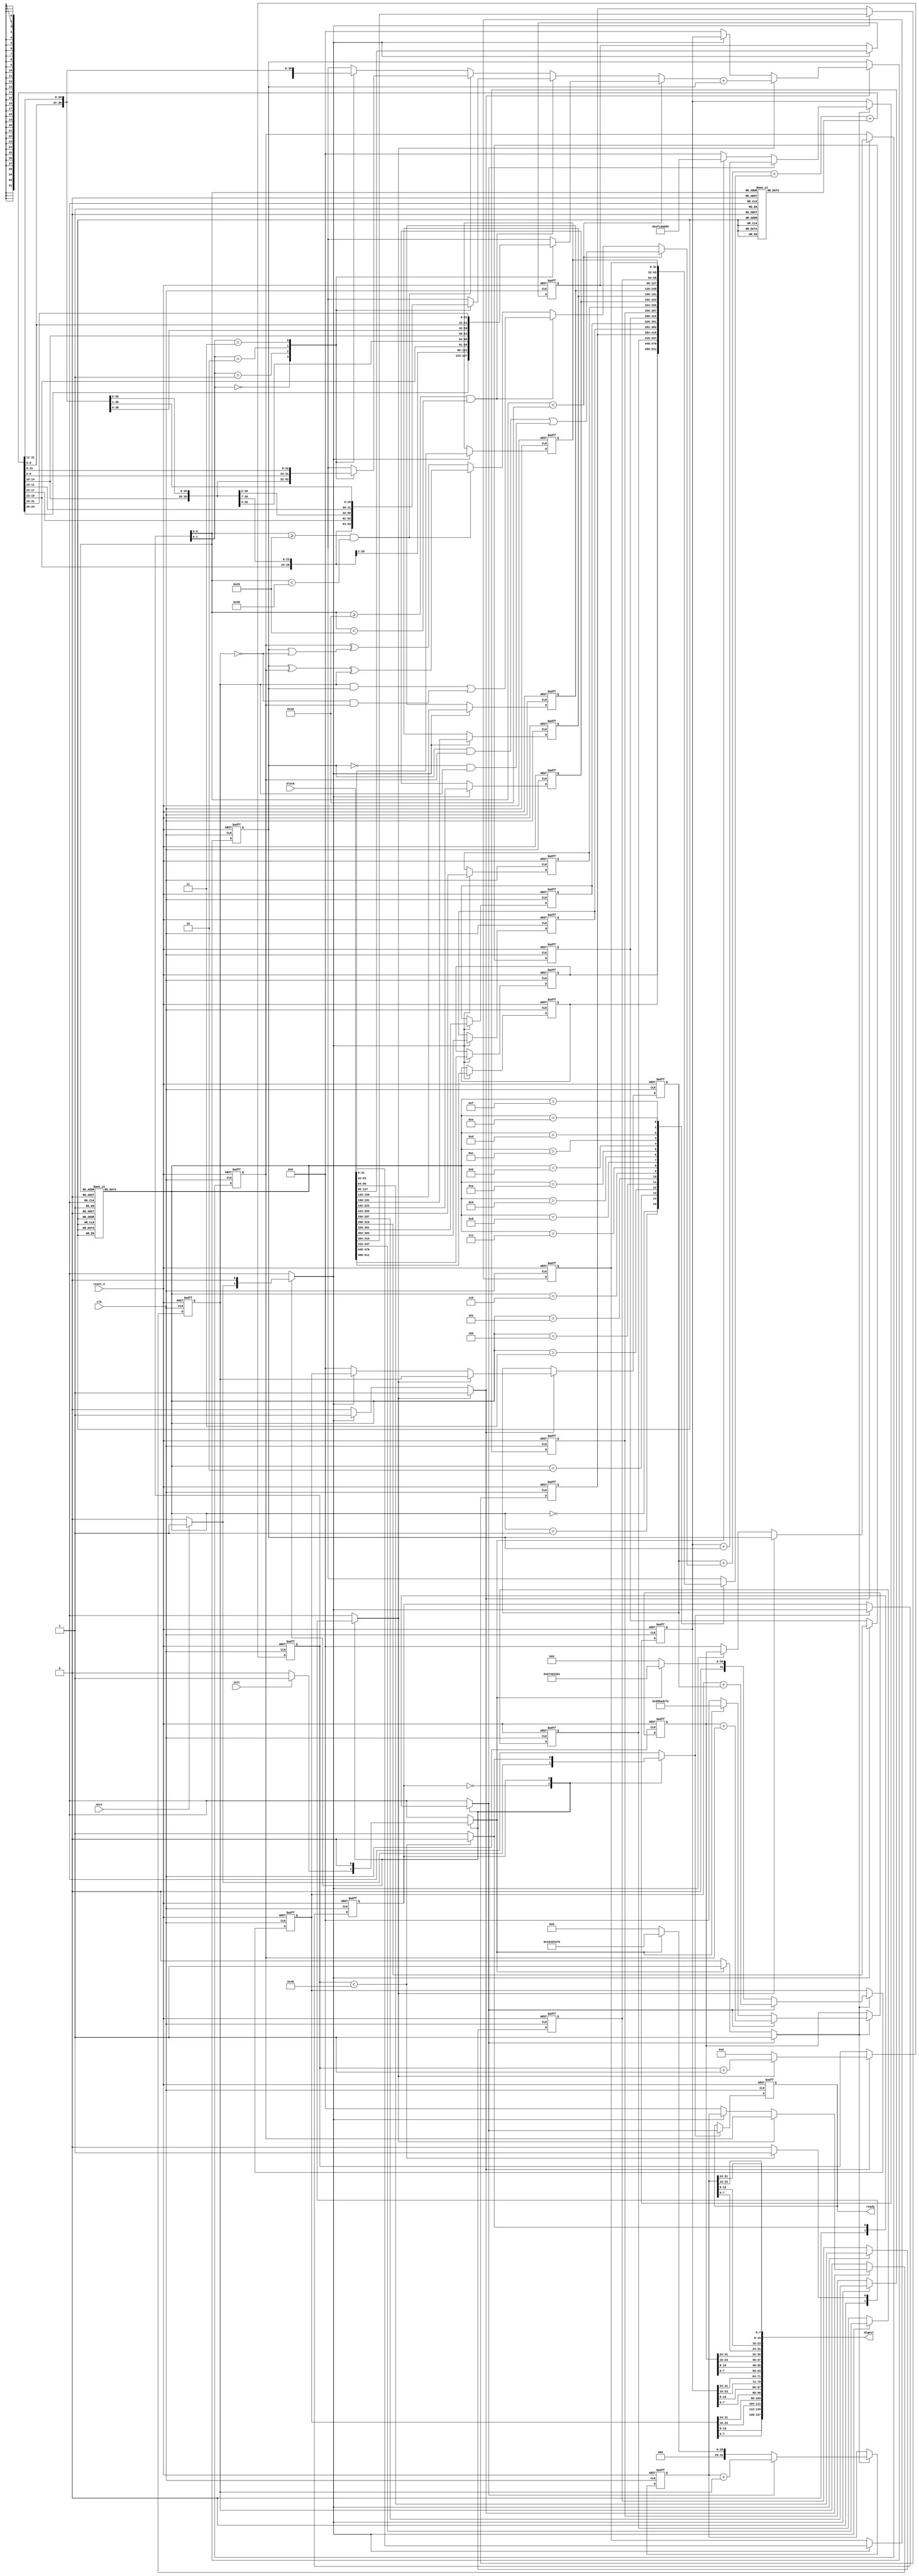
//======================================================================
//
// md5_core.v
// ----------
// The MD5 hash funxtion core.
//
//
// Copyright (c) 2019, Assured AB
// All rights reserved.
//
// Redistribution and use in source and binary forms, with or
// without modification, are permitted provided that the following
// conditions are met:
//
// 1. Redistributions of source code must retain the above copyright
//    notice, this list of conditions and the following disclaimer.
//
// 2. Redistributions in binary form must reproduce the above copyright
//    notice, this list of conditions and the following disclaimer in
//    the documentation and/or other materials provided with the
//    distribution.
//
// THIS SOFTWARE IS PROVIDED BY THE COPYRIGHT HOLDERS AND CONTRIBUTORS
// "AS IS" AND ANY EXPRESS OR IMPLIED WARRANTIES, INCLUDING, BUT NOT
// LIMITED TO, THE IMPLIED WARRANTIES OF MERCHANTABILITY AND FITNESS
// FOR A PARTICULAR PURPOSE ARE DISCLAIMED. IN NO EVENT SHALL THE
// COPYRIGHT OWNER OR CONTRIBUTORS BE LIABLE FOR ANY DIRECT, INDIRECT,
// INCIDENTAL, SPECIAL, EXEMPLARY, OR CONSEQUENTIAL DAMAGES (INCLUDING,
// BUT NOT LIMITED TO, PROCUREMENT OF SUBSTITUTE GOODS OR SERVICES;
// LOSS OF USE, DATA, OR PROFITS; OR BUSINESS INTERRUPTION) HOWEVER
// CAUSED AND ON ANY THEORY OF LIABILITY, WHETHER IN CONTRACT,
// STRICT LIABILITY, OR TORT (INCLUDING NEGLIGENCE OR OTHERWISE)
// ARISING IN ANY WAY OUT OF THE USE OF THIS SOFTWARE, EVEN IF
// ADVISED OF THE POSSIBILITY OF SUCH DAMAGE.
//
//======================================================================

`default_nettype none

module md5_core(
                input wire            clk,
                input wire            reset_n,

                input wire            init,
                input wire            next,
                output wire           ready,

                input wire [511 : 0]  block,
                output wire [127 : 0] digest
               );


  //----------------------------------------------------------------
  // Internal constant and parameter definitions.
  //----------------------------------------------------------------
  localparam A0 = 32'h67452301;
  localparam B0 = 32'hefcdab89;
  localparam C0 = 32'h98badcfe;
  localparam D0 = 32'h10325476;

  localparam CTRL_IDLE   = 1'h0;
  localparam CTRL_NEXT   = 1'h1;

  localparam NUM_ROUNDS = 64;


  //----------------------------------------------------------------
  // Registers including update variables and write enable.
  //----------------------------------------------------------------
  reg [31 : 0]  h0_reg;
  reg [31 : 0]  h0_new;
  reg [31 : 0]  h1_reg;
  reg [31 : 0]  h1_new;
  reg [31 : 0]  h2_reg;
  reg [31 : 0]  h2_new;
  reg [31 : 0]  h3_reg;
  reg [31 : 0]  h3_new;
  reg           h_we;

  reg [31 : 0]  a_reg;
  reg [31 : 0]  a_new;
  reg [31 : 0]  b_reg;
  reg [31 : 0]  b_new;
  reg [31 : 0]  c_reg;
  reg [31 : 0]  c_new;
  reg [31 : 0]  d_reg;
  reg [31 : 0]  d_new;
  reg           a_d_we;

  reg           ready_reg;
  reg           ready_new;
  reg           ready_we;

  reg [31 : 0]  block_reg [0 : 15];
  reg           block_we;

  reg [6 : 0]   round_ctr_reg;
  reg [6 : 0]   round_ctr_new;
  reg           round_ctr_inc;
  reg           round_ctr_rst;
  reg           round_ctr_we;

  reg           md5_core_ctrl_reg;
  reg           md5_core_ctrl_new;
  reg           md5_core_ctrl_we;


  //----------------------------------------------------------------
  // Wires.
  //----------------------------------------------------------------
  reg           init_state;
  reg           update_state;
  reg           init_round;
  reg           update_round;


  //----------------------------------------------------------------
  // Function declarations.
  //----------------------------------------------------------------
  // F non-linear function.
  function [31 : 0] F(input [31 : 0] b, input [31 : 0] c,
                      input [31 : 0] d, input [5 : 0] round);
    begin
      if (round < 16)
        F = (b & c) | ((~b) & d);

      else if ((round >= 16) &&  (round < 32))
        F = (d & b) | ((~d) & c);

      else  if ((round >= 32) && (round < 48))
        F = b ^ c ^ d;

      else // (round >= 48)
        F = c ^ (b | (~d));
    end
  endfunction // F


  // K constants
  function [31 : 0] K(input [5 : 0] round);
    begin
      case(round)
        6'h00: K = 32'hd76aa478;
        6'h01: K = 32'he8c7b756;
        6'h02: K = 32'h242070db;
        6'h03: K = 32'hc1bdceee;
        6'h04: K = 32'hf57c0faf;
        6'h05: K = 32'h4787c62a;
        6'h06: K = 32'ha8304613;
        6'h07: K = 32'hfd469501;
        6'h08: K = 32'h698098d8;
        6'h09: K = 32'h8b44f7af;
        6'h0a: K = 32'hffff5bb1;
        6'h0b: K = 32'h895cd7be;
        6'h0c: K = 32'h6b901122;
        6'h0d: K = 32'hfd987193;
        6'h0e: K = 32'ha679438e;
        6'h0f: K = 32'h49b40821;
        6'h10: K = 32'hf61e2562;
        6'h11: K = 32'hc040b340;
        6'h12: K = 32'h265e5a51;
        6'h13: K = 32'he9b6c7aa;
        6'h14: K = 32'hd62f105d;
        6'h15: K = 32'h02441453;
        6'h16: K = 32'hd8a1e681;
        6'h17: K = 32'he7d3fbc8;
        6'h18: K = 32'h21e1cde6;
        6'h19: K = 32'hc33707d6;
        6'h1a: K = 32'hf4d50d87;
        6'h1b: K = 32'h455a14ed;
        6'h1c: K = 32'ha9e3e905;
        6'h1d: K = 32'hfcefa3f8;
        6'h1e: K = 32'h676f02d9;
        6'h1f: K = 32'h8d2a4c8a;
        6'h20: K = 32'hfffa3942;
        6'h21: K = 32'h8771f681;
        6'h22: K = 32'h6d9d6122;
        6'h23: K = 32'hfde5380c;
        6'h24: K = 32'ha4beea44;
        6'h25: K = 32'h4bdecfa9;
        6'h26: K = 32'hf6bb4b60;
        6'h27: K = 32'hbebfbc70;
        6'h28: K = 32'h289b7ec6;
        6'h29: K = 32'heaa127fa;
        6'h2a: K = 32'hd4ef3085;
        6'h2b: K = 32'h04881d05;
        6'h2c: K = 32'hd9d4d039;
        6'h2d: K = 32'he6db99e5;
        6'h2e: K = 32'h1fa27cf8;
        6'h2f: K = 32'hc4ac5665;
        6'h30: K = 32'hf4292244;
        6'h31: K = 32'h432aff97;
        6'h32: K = 32'hab9423a7;
        6'h33: K = 32'hfc93a039;
        6'h34: K = 32'h655b59c3;
        6'h35: K = 32'h8f0ccc92;
        6'h36: K = 32'hffeff47d;
        6'h37: K = 32'h85845dd1;
        6'h38: K = 32'h6fa87e4f;
        6'h39: K = 32'hfe2ce6e0;
        6'h3a: K = 32'ha3014314;
        6'h3b: K = 32'h4e0811a1;
        6'h3c: K = 32'hf7537e82;
        6'h3d: K = 32'hbd3af235;
        6'h3e: K = 32'h2ad7d2bb;
        6'h3f: K = 32'heb86d391;
      endcase // case (round)
    end
  endfunction // K


  // Round based shift amount.
  function [31 : 0] rotate(input [31 : 0] x, input [5 : 0] round);
    begin
      if (round < 16)
        case(round[1 : 0])
          0: rotate = {x[24 : 0], x[31 : 25]};
          1: rotate = {x[19 : 0], x[31 : 20]};
          2: rotate = {x[14 : 0], x[31 : 15]};
          3: rotate = {x[09 : 0], x[31 : 10]};
        endcase // case (x[1 : 0])

      else if ((round >= 16) && (round < 32))
        case(round[1 : 0])
          0: rotate = {x[26 : 0], x[31 : 27]};
          1: rotate = {x[22 : 0], x[31 : 23]};
          2: rotate = {x[17 : 0], x[31 : 18]};
          3: rotate = {x[11 : 0], x[31 : 12]};
        endcase // case (x[1 : 0])

      else if ((round >= 32) && (round < 48))
        case(round[1 : 0])
          0: rotate = {x[27 : 0], x[31 : 28]};
          1: rotate = {x[20 : 0], x[31 : 21]};
          2: rotate = {x[15 : 0], x[31 : 16]};
          3: rotate = {x[08 : 0], x[31 : 09]};
        endcase // case (x[1 : 0])

      else // (round >= 48)
        case(round[1 : 0])
          0: rotate = {x[25 : 0], x[31 : 26]};
          1: rotate = {x[21 : 0], x[31 : 22]};
          2: rotate = {x[16 : 0], x[31 : 17]};
          3: rotate = {x[10 : 0], x[31 : 11]};
        endcase // case (x[1 : 0])
    end
  endfunction // rotate


  // Schedule of words in the message block.
  function [3 : 0] G(input [5 : 0] round);
      case(round)
        6'h00: G = 0;
        6'h01: G = 1;
        6'h02: G = 2;
        6'h03: G = 3;
        6'h04: G = 4;
        6'h05: G = 5;
        6'h06: G = 6;
        6'h07: G = 7;
        6'h08: G = 8;
        6'h09: G = 9;
        6'h0a: G = 10;
        6'h0b: G = 11;
        6'h0c: G = 12;
        6'h0d: G = 13;
        6'h0e: G = 14;
        6'h0f: G = 15;
        6'h10: G = 1;
        6'h11: G = 6;
        6'h12: G = 11;
        6'h13: G = 0;
        6'h14: G = 5;
        6'h15: G = 10;
        6'h16: G = 15;
        6'h17: G = 4;
        6'h18: G = 9;
        6'h19: G = 14;
        6'h1a: G = 3;
        6'h1b: G = 8;
        6'h1c: G = 13;
        6'h1d: G = 2;
        6'h1e: G = 7;
        6'h1f: G = 12;
        6'h20: G = 5;
        6'h21: G = 8;
        6'h22: G = 11;
        6'h23: G = 14;
        6'h24: G = 1;
        6'h25: G = 4;
        6'h26: G = 7;
        6'h27: G = 10;
        6'h28: G = 13;
        6'h29: G = 0;
        6'h2a: G = 3;
        6'h2b: G = 6;
        6'h2c: G = 9;
        6'h2d: G = 12;
        6'h2e: G = 15;
        6'h2f: G = 2;
        6'h30: G = 0;
        6'h31: G = 7;
        6'h32: G = 14;
        6'h33: G = 5;
        6'h34: G = 12;
        6'h35: G = 3;
        6'h36: G = 10;
        6'h37: G = 1;
        6'h38: G = 8;
        6'h39: G = 15;
        6'h3a: G = 6;
        6'h3b: G = 13;
        6'h3c: G = 4;
        6'h3d: G = 11;
        6'h3e: G = 2;
        6'h3f: G = 9;
      endcase // case (round)
  endfunction // G

  function [31 : 0] byteflip(input  [31 : 0] w);
    byteflip = {w[7 : 0], w[15 : 8],  w[23 : 16], w[31 : 24]};
  endfunction // byteflip


  //----------------------------------------------------------------
  // Concurrent connectivity for ports etc.
  //----------------------------------------------------------------
  assign ready  = ready_reg;

  assign digest = {byteflip(h0_reg), byteflip(h1_reg),
                   byteflip(h2_reg), byteflip(h3_reg)};


  //----------------------------------------------------------------
  // reg_update
  //
  // Update functionality for all registers in the core.
  // All registers are positive edge triggered with asynchronous
  // active low reset.
  //----------------------------------------------------------------
  always @ (posedge clk or negedge reset_n)
    begin: reg_update
      integer i;

      if (!reset_n)
        begin
          for (i = 0 ; i < 16 ; i = i + 1)
            block_reg[i] <= 32'h0;

          h0_reg            <= 32'h0;
          h1_reg            <= 32'h0;
          h2_reg            <= 32'h0;
          h3_reg            <= 32'h0;
          a_reg             <= 32'h0;
          b_reg             <= 32'h0;
          c_reg             <= 32'h0;
          d_reg             <= 32'h0;
          ready_reg         <= 1'h1;
          round_ctr_reg     <= 7'h0;
          md5_core_ctrl_reg <= CTRL_IDLE;
        end
      else
        begin
          if (ready_we)
            ready_reg <= ready_new;

          if (block_we)
            begin
              block_reg[00] <= block[511 : 480];
              block_reg[01] <= block[479 : 448];
              block_reg[02] <= block[447 : 416];
              block_reg[03] <= block[415 : 384];
              block_reg[04] <= block[383 : 352];
              block_reg[05] <= block[351 : 320];
              block_reg[06] <= block[319 : 288];
              block_reg[07] <= block[287 : 256];
              block_reg[08] <= block[255 : 224];
              block_reg[09] <= block[223 : 192];
              block_reg[10] <= block[191 : 160];
              block_reg[11] <= block[159 : 128];
              block_reg[12] <= block[127 : 096];
              block_reg[13] <= block[095 : 064];
              block_reg[14] <= block[063 : 032];
              block_reg[15] <= block[031 : 000];
            end

          if (h_we)
            begin
              h0_reg <= h0_new;
              h1_reg <= h1_new;
              h2_reg <= h2_new;
              h3_reg <= h3_new;
            end

          if (a_d_we)
            begin
              a_reg <= a_new;
              b_reg <= b_new;
              c_reg <= c_new;
              d_reg <= d_new;
            end

          if (round_ctr_we)
            round_ctr_reg <= round_ctr_new;

          if (md5_core_ctrl_we)
            md5_core_ctrl_reg <= md5_core_ctrl_new;
        end
    end // reg_update


  //----------------------------------------------------------------
  // md5_dp
  //----------------------------------------------------------------
  always @*
    begin : md5_dp
      reg [31 : 0] f;
      reg [31 : 0] k;
      reg [3 : 0]  g;
      reg [31 : 0] w;
      reg [31 : 0] tmp_b0;
      reg [31 : 0] lr;
      reg [31 : 0] tmp_b2;

      h0_new = 32'h0;
      h1_new = 32'h0;
      h2_new = 32'h0;
      h3_new = 32'h0;
      h_we   = 1'h0;

      a_new  = 32'h0;
      b_new  = 32'h0;
      c_new  = 32'h0;
      d_new  = 32'h0;
      a_d_we = 1'h0;

      f = F(b_reg, c_reg, d_reg, round_ctr_reg[5 : 0]);
      g = G(round_ctr_reg[5 : 0]);
      w = block_reg[g];
      k = K(round_ctr_reg[5 : 0]);

      tmp_b0 = a_reg + f + w + k;
      lr = rotate(tmp_b0, round_ctr_reg[5 : 0]);
      tmp_b2 = lr + b_reg;


      if (init_state)
        begin
          h0_new  = A0;
          h1_new  = B0;
          h2_new  = C0;
          h3_new  = D0;
          h_we    = 1'h1;
        end

      if (update_state)
        begin
          h0_new  = h0_reg + a_reg;
          h1_new  = h1_reg + b_reg;
          h2_new  = h2_reg + c_reg;
          h3_new  = h3_reg + d_reg;
          h_we    = 1'h1;
        end

      if (init_round)
        begin
          a_new = h0_reg;
          b_new = h1_reg;
          c_new = h2_reg;
          d_new = h3_reg;
          a_d_we = 1'h1;
        end

      if (update_round)
        begin
          a_new  = d_reg;
          b_new  = tmp_b2;
          c_new  = b_reg;
          d_new  = c_reg;
          a_d_we = 1'h1;
        end
    end


  //----------------------------------------------------------------
  // round_ctr
  //----------------------------------------------------------------
  always @*
    begin : round_ctr
      round_ctr_new = 7'h0;
      round_ctr_we  = 1'h0;

      if (round_ctr_rst)
        begin
          round_ctr_new = 7'h0;
          round_ctr_we  = 1'h1;
        end

      if (round_ctr_inc)
        begin
          round_ctr_new = round_ctr_reg + 1'h1;
          round_ctr_we  = 1'h1;
        end
    end


  //----------------------------------------------------------------
  // md5_core_ctrl
  //----------------------------------------------------------------
  always @*
    begin : md5_core_ctrl
      ready_new         = 1'h0;
      ready_we          = 1'h0;
      block_we          = 1'h0;
      round_ctr_inc     = 1'h0;
      round_ctr_rst     = 1'h0;
      init_state        = 1'h0;
      update_state      = 1'h0;
      init_round        = 1'h0;
      update_round      = 1'h0;
      md5_core_ctrl_new = CTRL_IDLE;
      md5_core_ctrl_we  = 1'h0;


      case (md5_core_ctrl_reg)
        CTRL_IDLE:
          begin
            if (init)
              begin
                init_state = 1'h1;
              end

            if (next)
              begin
                init_round        = 1'h1;
                block_we          = 1'h1;
                round_ctr_rst     = 1'h1;
                ready_new         = 1'h0;
                ready_we          = 1'h1;
                md5_core_ctrl_new = CTRL_NEXT;
                md5_core_ctrl_we  = 1'h1;
              end
          end


        CTRL_NEXT:
          begin
            if (round_ctr_reg < NUM_ROUNDS)
              begin
                update_round  = 1'h1;
                round_ctr_inc = 1'h1;
              end
            else
              begin
                update_state      = 1'h1;
                ready_new         = 1'h1;
                ready_we          = 1'h1;
                md5_core_ctrl_new = CTRL_IDLE;
                md5_core_ctrl_we  = 1'h1;
              end
          end


        default:
          begin

          end
      endcase // case (md5_core_ctrl_reg)

    end // md5_core_ctrl
endmodule // md5_core

//======================================================================
// EOF md5_core.v
//======================================================================